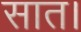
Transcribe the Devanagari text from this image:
सात।